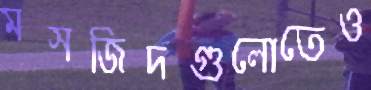
মসজিদগুলোতেও